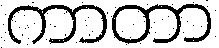
ကာတာ